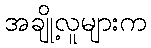
အချို့လူများက